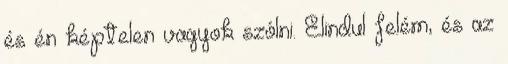
és én képtelen vagyok szólni. Elindul felém, és az